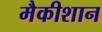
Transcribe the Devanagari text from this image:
मैकीशान